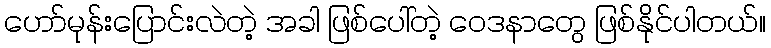
ဟော်မုန်းပြောင်းလဲတဲ့ အခါ ဖြစ်ပေါ်တဲ့ ဝေဒနာတွေ ဖြစ်နိုင်ပါတယ်။